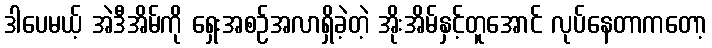
ဒါပေမယ့် အဲဒီအိမ်ကို ရှေးအစဉ်အလာရှိခဲ့တဲ့ အိုးအိမ်နှင့်တူအောင် လုပ်နေတာကတော့